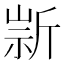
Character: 𣂫